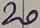
Text: 20